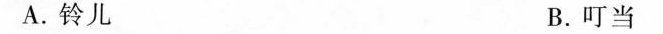
A.铃儿 B.叮当